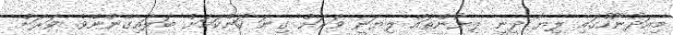
މިއަދުނޫހުގައި ލިޔާ ދީނީ ލިޔުންތައް ލިޔަނީ ވަރަށް ގިނަ ކަންކަމަށް ބަލައިގެންނެވެ. ވަރަށް